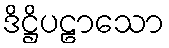
ဒိဋ္ဌိပဠာသော